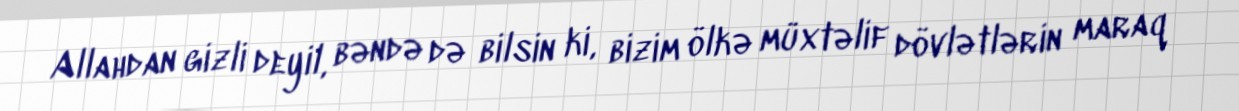
Allahdan gizli deyil, bəndə də bilsin ki, bizim ölkə müxtəlif dövlətlərin maraq